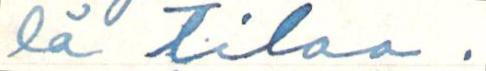
lä tilaa.